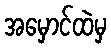
အမှောင်ထဲမှ